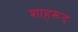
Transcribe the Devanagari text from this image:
शाहरूद